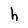
Character: h